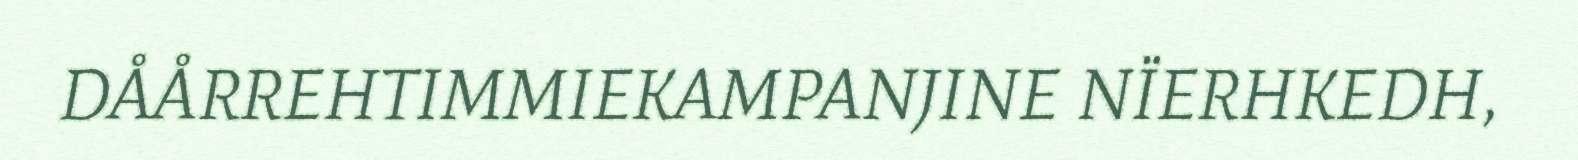
DÅÅRREHTIMMIEKAMPANJINE NÏERHKEDH,